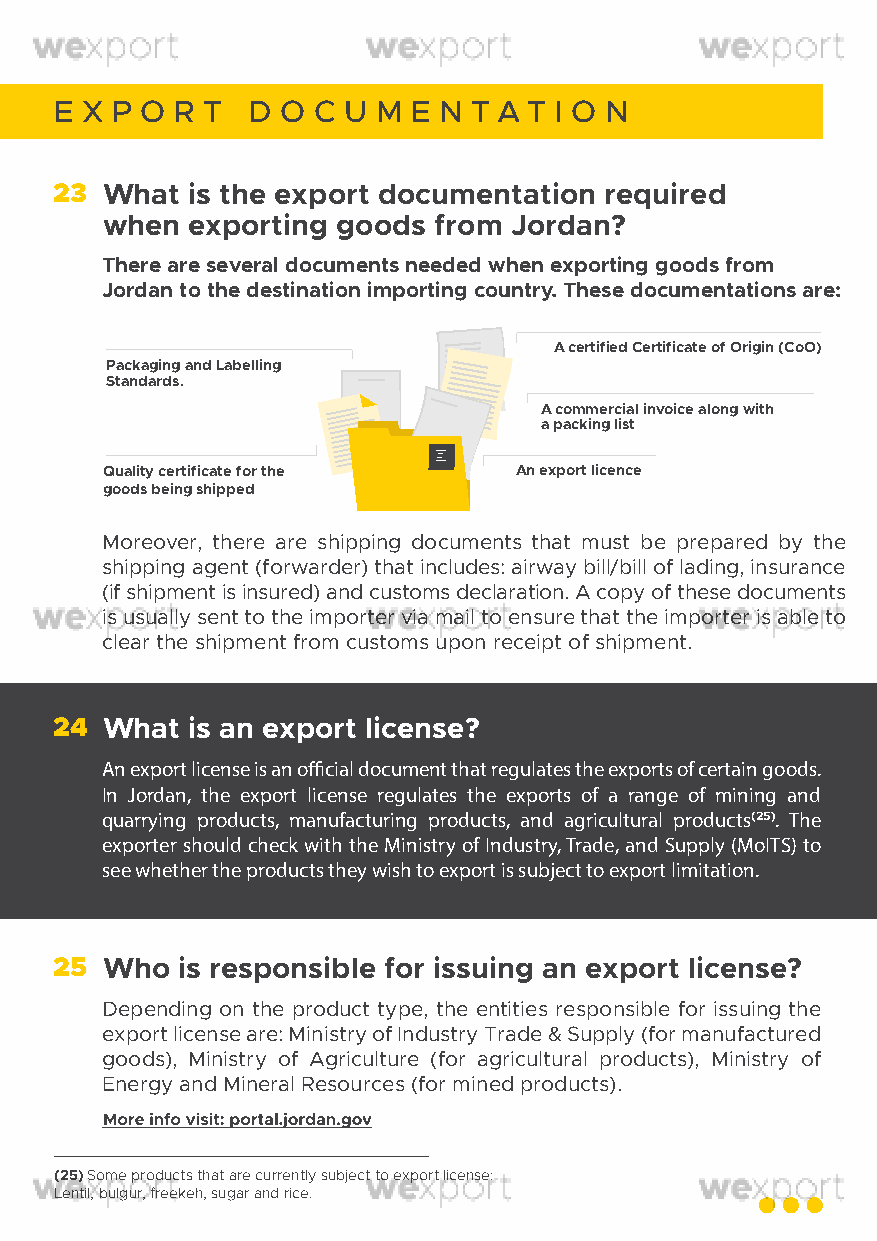
E X P O R T D  O C U M E N T A T I O N
 23 What is the export documentation required
 when exporting goods  from Jordan?
 There are several documents needed when exporting goods from
 Jordan to the destination importing country. These documentations are:
 A certified Certificate of Origin (CoO)
 Packaging and Labelling
 Standards.
 A commercial invoice along with
 a packing list
 Quality certificate for the An export licence
 goods being shipped
 Moreover, there are shipping documents that must be prepared by the
 shipping agent (forwarder) that includes: airway bill/bill of lading, insurance
 (if shipment is insured) and customs declaration. A copy of these documents
 is usually sent to the importer via mail to ensure that the importer is able to
 clear the shipment from customs upon receipt of shipment.
 24 What is an export license?
 An export license is an official document that regulates the exports of certain goods.
 In Jordan, the export license regulates the exports of a range of mining and
 quarrying products, manufacturing products, and agricultural products(25). The
 exporter should check with the Ministry of Industry, Trade, and Supply (MoITS) to
 see whether the products they wish to export is subject to export limitation.
 25 Who  is responsible for issuing an export license?
 Depending on the product type, the entities responsible for issuing the
 export license are: Ministry of Industry Trade & Supply (for manufactured
 goods), Ministry of Agriculture (for agricultural products), Ministry of
 Energy and Mineral Resources (for mined products).
 (25) Some products that are currently subject to export license:
 Lentil, bulgur, freekeh, sugar and rice.